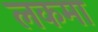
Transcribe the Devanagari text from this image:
लकमा